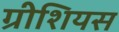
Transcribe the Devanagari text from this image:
ग्रीशियस